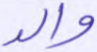
والد